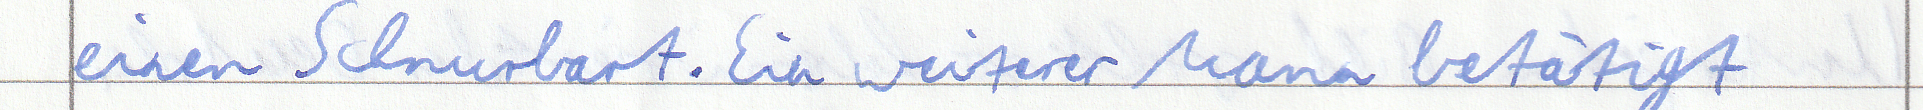
einen Schnurbart. Ein weiterer Mann betätigt